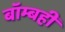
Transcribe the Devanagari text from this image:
बॉम्बही